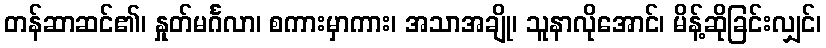
တန်ဆာဆင်၏၊ နှုတ်မင်္ဂလာ၊ စကားမှာကား၊ အသာအချို၊ သူနာလိုအောင်၊ မိန့်ဆိုခြင်းလျှင်၊